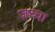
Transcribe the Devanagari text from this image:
ज़च्चा